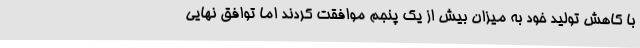
با کاهش تولید خود به میزان بیش از یک پنجم موافقت کردند اما توافق نهایی